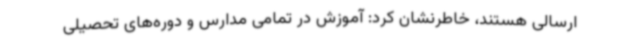
ارسالی هستند، خاطرنشان کرد: آموزش در تمامی مدارس و دوره‌های تحصیلی